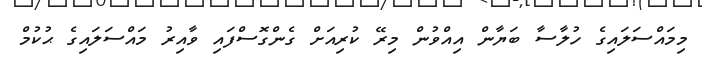
މިމައްސަލައިގެ ހުލާސާ ބަޔާން އިއްވުން މިރޭ ކުރިއަށް ގެންގޮސްފައި ވާއިރު މައްސަލައިގެ ޙުކުމް